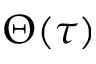
\Theta ( \tau )